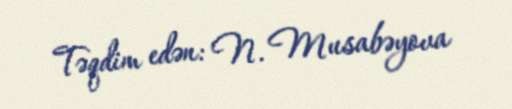
Təqdim edən: N. Musabəyova